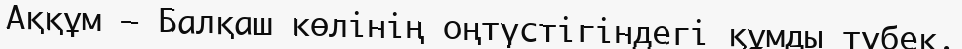
Аққұм – Балқаш көлінің оңтүстігіндегі құмды түбек.